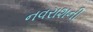
નવરાશની